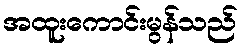
အထူးကောင်းမွန်သည်